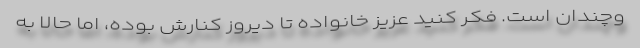
وچندان است. فکر کنید عزیز خانواده تا دیروز کنارش بوده، اما حالا به